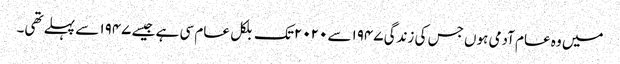
میں وہ عام آدمی ہوں جس کی زندگی ۱۹۴۷سے ۲۰۲۰تک بلکل عام سی ہے جیسے ۱۹۴۷ سے پہلے تھی۔